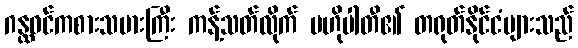
ဂန္ထဝင်ကစားသမားကြီး ကန့်သတ်လိုက် ဗဟိုပါတီ၏ တရုတ်နိုင်ငံများသည်